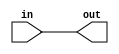
// Code created by satvikgoel950@gmail.com
module buff8bit(output [7:0] out, input[7:0]in);
  assign out=in;
endmodule